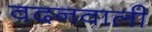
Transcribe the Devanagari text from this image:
वदनवाली